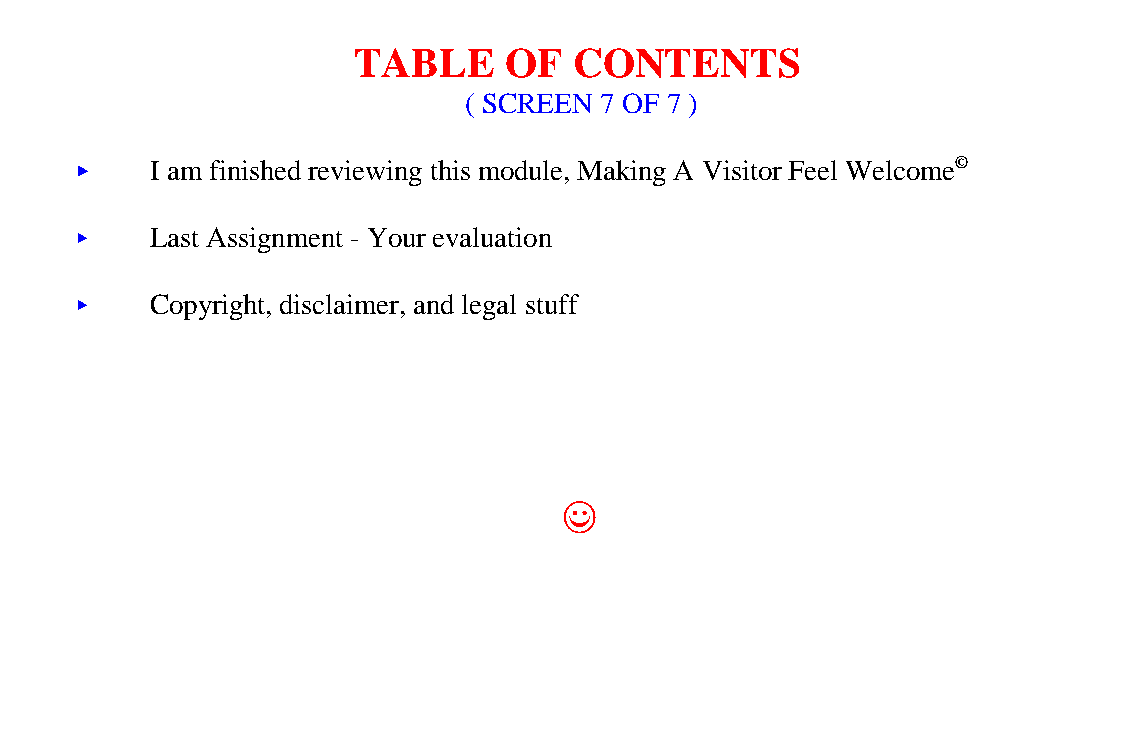
TABLE     OF   CONTENTS
 ( SCREEN 7 OF 7 )
 <<   I am finished reviewing this module, Making A Visitor Feel Welcome©
 <<   Last Assignment - Your evaluation
 <<   Copyright, disclaimer, and legal stuff
 ((